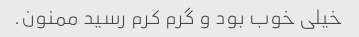
خیلی خوب بود و گرم کرم رسید ممنون.